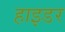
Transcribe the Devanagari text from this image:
हाइडर